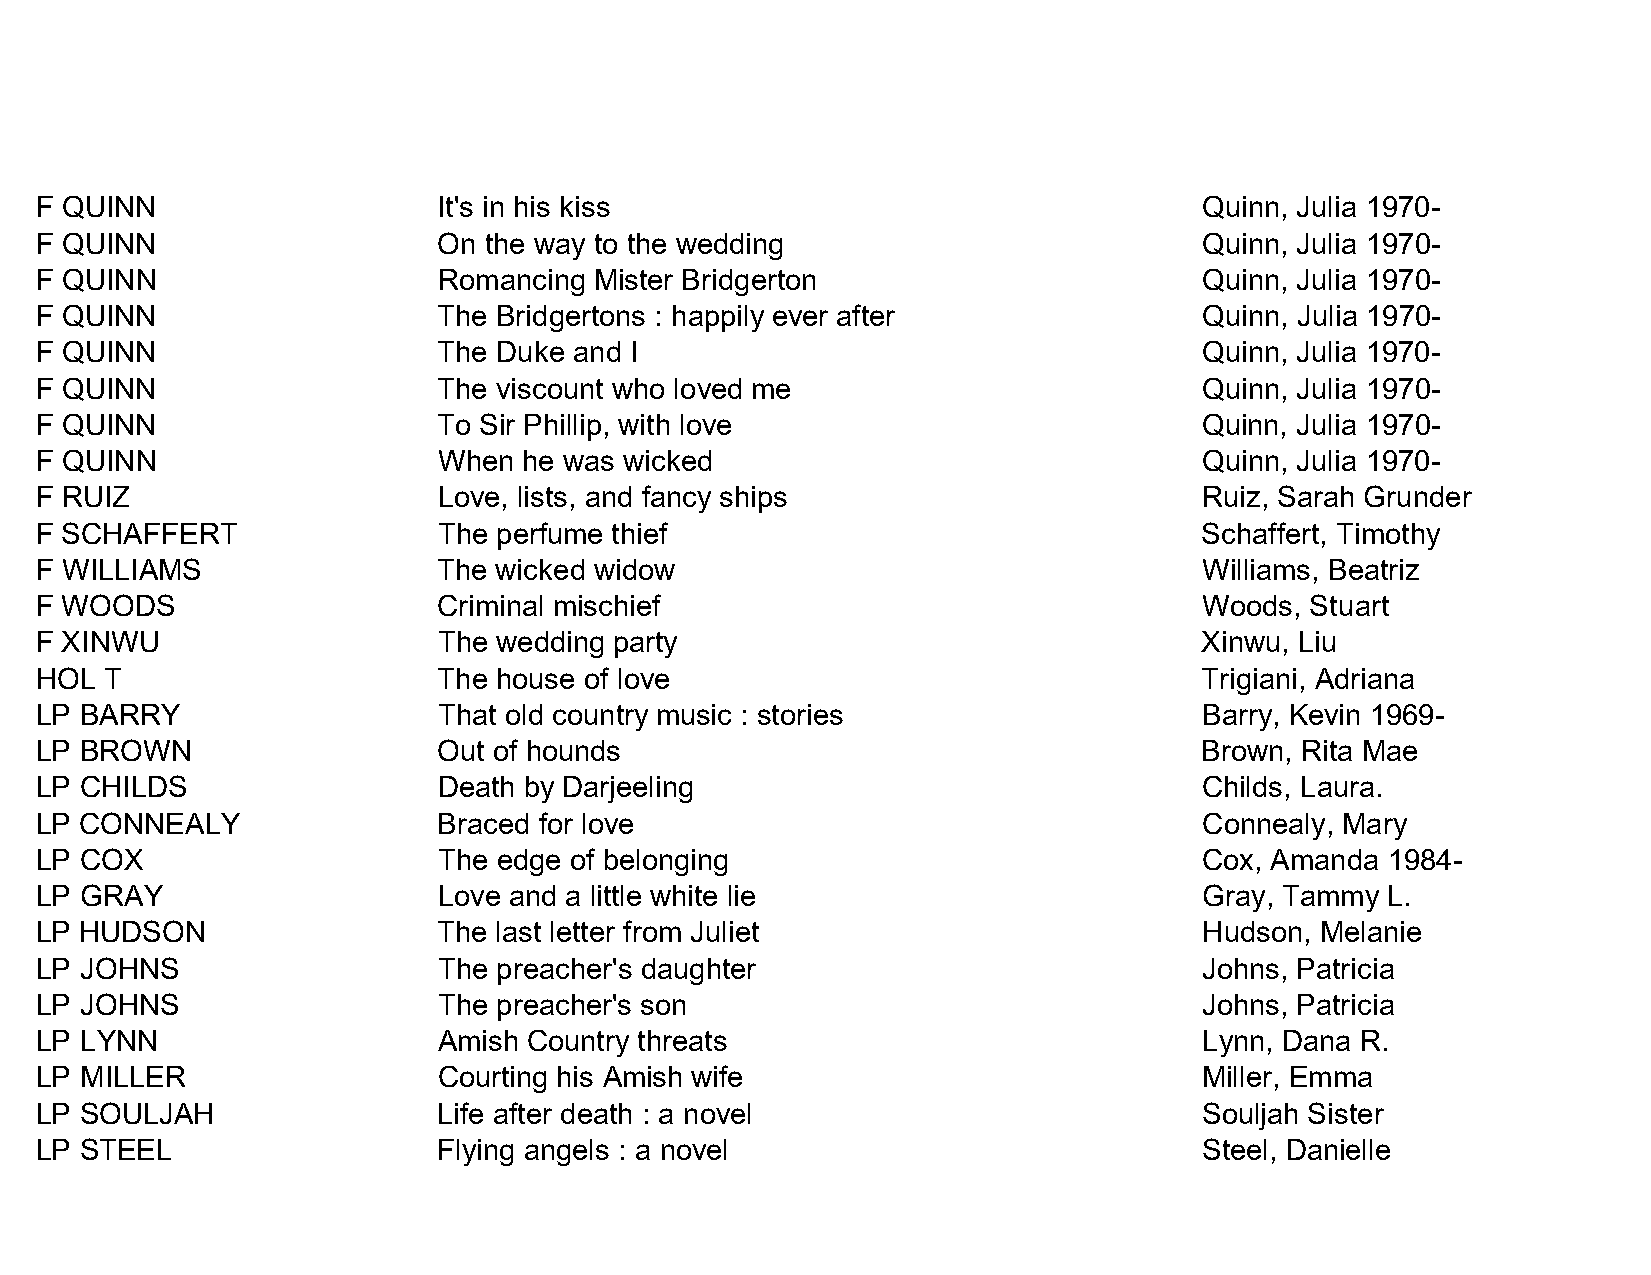
F QUINN                    It's in his kiss                                   Quinn, Julia 1970-
 F QUINN                    On the way to the wedding                          Quinn, Julia 1970-
 F QUINN                    Romancing Mister Bridgerton                        Quinn, Julia 1970-
 F QUINN                    The Bridgertons : happily ever after               Quinn, Julia 1970-
 F QUINN                    The Duke and I                                     Quinn, Julia 1970-
 F QUINN                    The viscount who loved me                          Quinn, Julia 1970-
 F QUINN                    To Sir Phillip, with love                          Quinn, Julia 1970-
 F QUINN                    When  he was wicked                                Quinn, Julia 1970-
 F RUIZ                     Love, lists, and fancy ships                       Ruiz, Sarah Grunder
 F SCHAFFERT                The perfume thief                                  Schaffert, Timothy
 F WILLIAMS                 The wicked widow                                   Williams, Beatriz
 F WOODS                    Criminal mischief                                  Woods, Stuart
 F XINWU                    The wedding party                                  Xinwu, Liu
 HOL  T                     The house of love                                  Trigiani, Adriana
 LP BARRY                   That old country music : stories                   Barry, Kevin 1969-
 LP BROWN                   Out of hounds                                      Brown, Rita Mae
 LP CHILDS                  Death by Darjeeling                                Childs, Laura.
 LP CONNEALY                Braced for love                                    Connealy, Mary
 LP COX                     The edge of belonging                              Cox, Amanda 1984-
 LP GRAY                    Love and a little white lie                        Gray, Tammy L.
 LP HUDSON                  The last letter from Juliet                        Hudson, Melanie
 LP JOHNS                   The preacher's daughter                            Johns, Patricia
 LP JOHNS                   The preacher's son                                 Johns, Patricia
 LP LYNN                    Amish Country threats                              Lynn, Dana R.
 LP MILLER                  Courting his Amish wife                            Miller, Emma
 LP SOULJAH                 Life after death : a novel                         Souljah Sister
 LP STEEL                   Flying angels : a novel                            Steel, Danielle